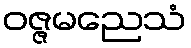
ဝဇ္ဇမညေသံ